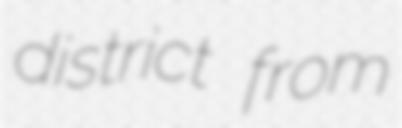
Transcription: district from